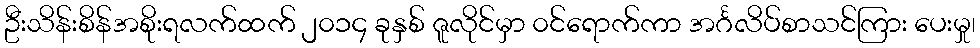
ဦးသိန်းစိန်အစိုးရလက်ထက် ၂၀၁၄ ခုနှစ် ဇူလိုင်မှာ ၀င်ရောက်ကာ အင်္ဂလိပ်စာသင်ကြား ပေးမှု၊